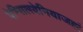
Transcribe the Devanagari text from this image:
पेन्सिलवेनियाजहां